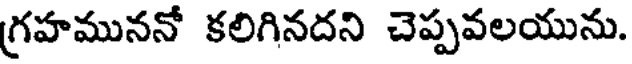
గ్రహముననో కలిగినదని చెప్పవలయును.